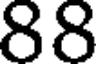
88